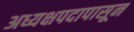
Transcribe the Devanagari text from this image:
अध्यक्षपदापासून